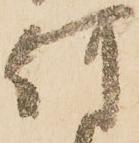
何